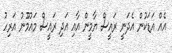
އެއް އަޑަކުން އެދަނީ ރައީސް ޔާމީން އާއި އަދި ރައީސް މައުމޫނު އަރިހު